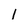
Character: l